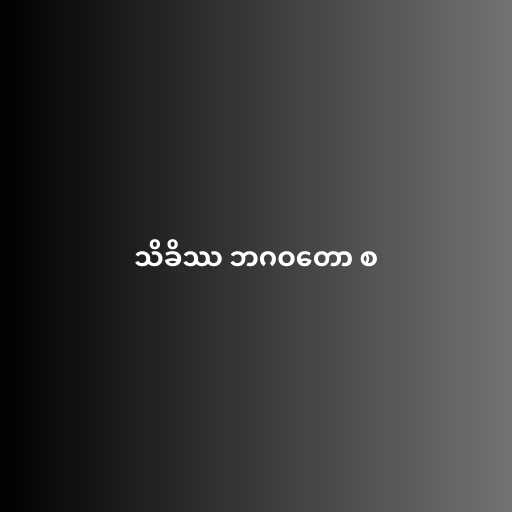
သိခိဿ ဘဂဝတော စ